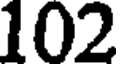
102